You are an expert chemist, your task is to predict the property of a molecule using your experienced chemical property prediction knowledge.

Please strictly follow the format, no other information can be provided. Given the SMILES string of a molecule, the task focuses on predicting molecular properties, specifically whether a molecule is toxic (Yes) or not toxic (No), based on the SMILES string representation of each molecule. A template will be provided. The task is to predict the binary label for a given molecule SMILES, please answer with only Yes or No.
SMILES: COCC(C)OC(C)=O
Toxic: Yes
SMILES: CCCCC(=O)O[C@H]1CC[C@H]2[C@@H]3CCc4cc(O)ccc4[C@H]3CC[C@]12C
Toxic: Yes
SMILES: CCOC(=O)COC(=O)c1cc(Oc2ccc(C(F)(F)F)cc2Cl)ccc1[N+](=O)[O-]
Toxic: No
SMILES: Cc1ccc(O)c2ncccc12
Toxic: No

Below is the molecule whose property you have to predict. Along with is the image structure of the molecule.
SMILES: O=C1CCCCCCCCCCCCCCCO1
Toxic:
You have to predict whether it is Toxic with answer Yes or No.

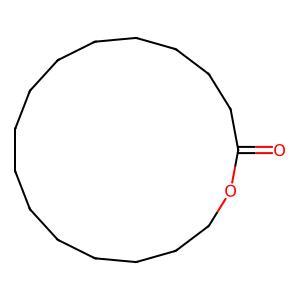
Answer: No